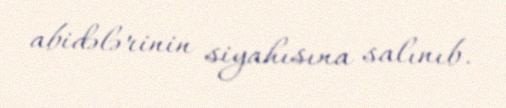
abidələrinin siyahısına salınıb.